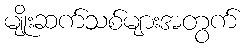
မျိုးဆက်သစ်များအတွက်